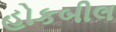
હોકબીલ